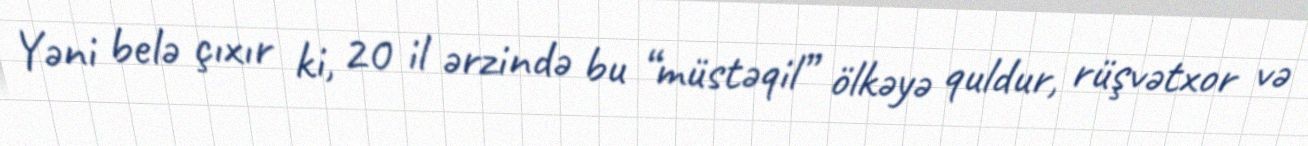
Yəni belə çıxır ki, 20 il ərzində bu “müstəqil” ölkəyə quldur, rüşvətxor və